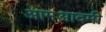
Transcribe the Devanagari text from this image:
आमआदमी